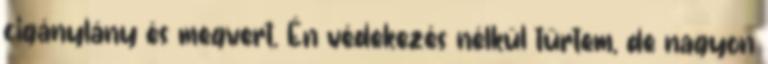
cigánylány és megvert. Én védekezés nélkül tűrtem, de nagyon